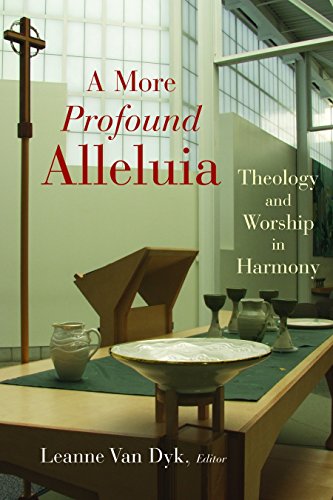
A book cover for A More Profound Alleluia: Theology and Worship in Harmony (Calvin Institute of Christian Worship Liturgical Studies); Leanne Van Dyk; Christian Books & Bibles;